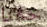
حقنا